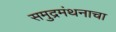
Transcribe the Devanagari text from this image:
समुद्रमंथनाचा